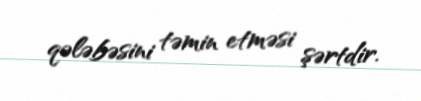
qələbəsini təmin etməsi şərtdir.